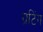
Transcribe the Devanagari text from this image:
ग्रटिंग